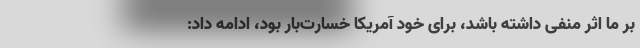
بر ما اثر منفی داشته باشد، برای خود آمریکا خسارت‌بار بود، ادامه داد: